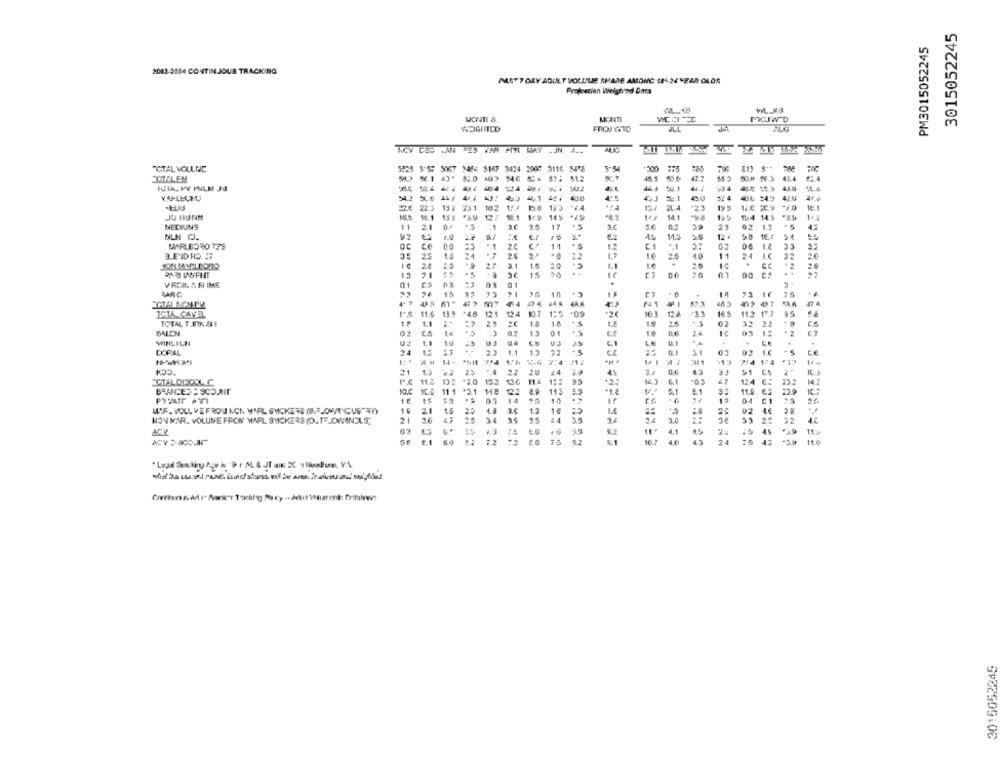
3015052245
PM3015052245
2083-2004 CONTINJOUR TRACKING
MST 7 DAY ADULT VOLUME SHARE AMONG 181-24 YEAR OLOS
Projestian Weighed Data
WL-KB
Morin
MOJWD
FROJWTO
ACV CES AN ES WAR PIR WAY . JN J ..
"CTAL VOLLNE
1023 3-57 3067 3456 3187 3424 2897
3116 3478
CIELEM
51.2
45.4
ICIA, MY PALM JA
-------
45.8
VAHLHUKU
2€
22.3
19 # 25.1
102
1.
23
16. 1
18.1
16.1
14%
14.1
154 14.5
NEDIUNS
11
2.1
$5
17
. 5
3.6
0,2
29
23
62
1.5
43
NLN P.
14.5
5.6
124
58
54
MARLBORO 725
CO
00
" 1
€1
62
06
18
33
BENDHO. 27
35
1.6
2.5
10
11
24
I.C
20
20
16
2.0
12
20
12
21
- 5
01
10
14
4- ¥
497
ISTA CANEL
11.6
19
124
1:5
10.3
12.4
115
12
-33
TOTAL TARK SLI
1.1
23
. $
19
2.5
02
32
SALON
14
01
15
24
03
WIRLILN
25
.
DORAL
1.1
23
15
.5
0.1
S1
02
92
14-
1/4
21
£4
as
0.0
$1
ES
2.
11.
6.1
47
124
112
23.2
BRANCES = SCOAT
11.1
3.3
1.
3.
11.
PRYATT A31
1€
15
04
26
MIF. VOLL VEFROU NON WARL SNICKERS (INE-OVATNOUS")
-
21
1.5
22
13
3.C
1.3
10
.5
02
90
HON MAR. VOLUME FFON WARL STICKERS (O.TELOWINELS;
24
..
10.1
4.0
43
24
.59
" Legal Sexting Age is "9 r AL & JT aik 2C 1 Hour, VA
3015052245